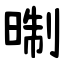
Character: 㫼